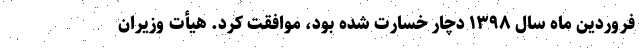
فروردین ماه سال ۱۳۹۸ دچار خسارت شده بود، موافقت کرد. هیأت وزیران